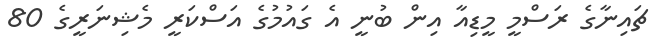
ޗައިނާގެ ރަސްމީ މީޑިއާ އިން ބުނީ އެ ގައުމުގެ އަސްކަރީ މެޝިނަރީގެ 80